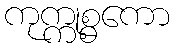
ကုက္ကုစ္စကော